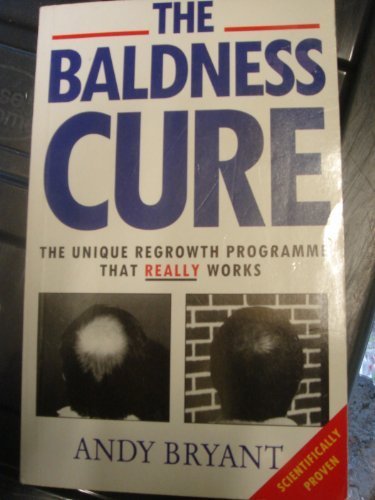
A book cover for Baldness Cure; Andy Bryant; Health, Fitness & Dieting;